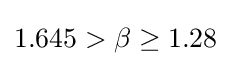
1.645>\beta \geq 1.28